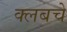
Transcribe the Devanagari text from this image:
क्‍लबचे